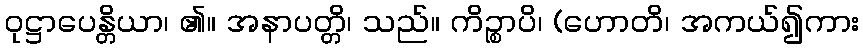
ဝုဋ္ဌာပေန္တိယာ၊ ၏။ အနာပတ္တိ၊ သည်။ ကိဉ္စာပိ၊ (ဟောတိ၊ အကယ်၍ကား